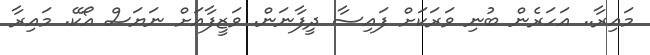
މައިރާ.. އަހަރެން ބުނި ވަރަކަށް ފައިސާ ދީފާނަން. ވަޒީފާއަށް ނަޔަސް އޯކޭ. މައިރާ